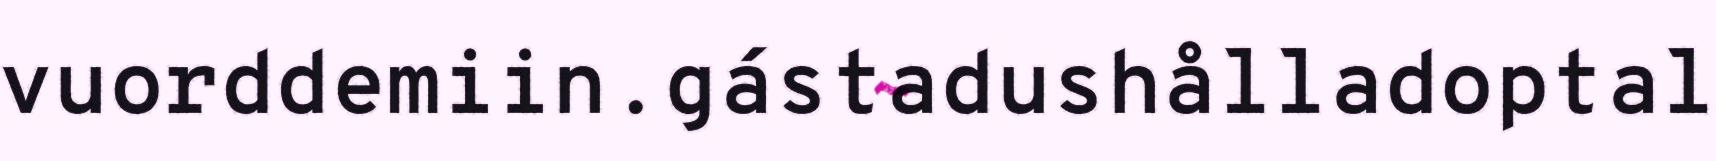
vuorddemiin.gástadushålladoptal